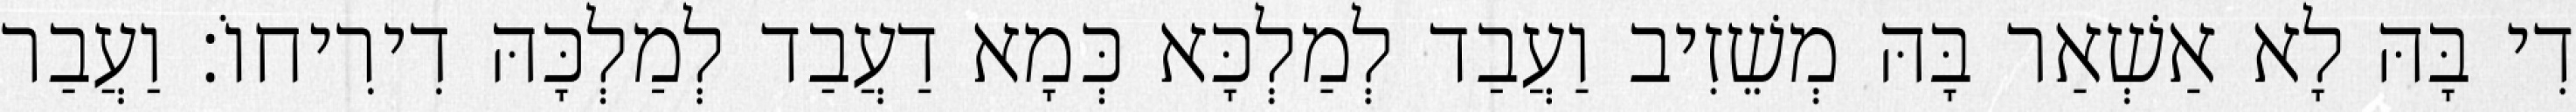
דִי בָּהּ לָא אַשְׁאַר בָּהּ מְשֵׁזִיב וַעֲבַד לְמַלְכָּא כְּמָא דַעֲבַד לְמַלְכָּהּ דִירִיחוֹ׃ וַעֲבַר